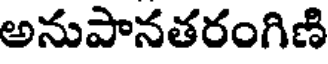
అనుపానతరంగిణి